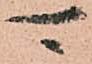
可